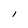
Character: I